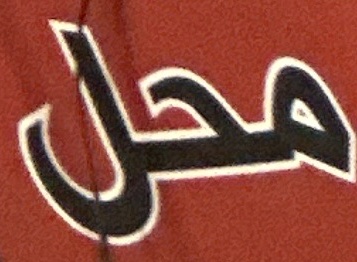
محل